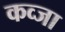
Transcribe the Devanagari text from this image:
कव्जा